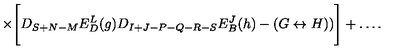
\times \Biggl [ D _ { S + N - M } E _ { D } ^ { L } ( g ) D _ { I + J - P - Q - R - S } E _ { B } ^ { J } ( h ) - ( G \leftrightarrow H ) ) \Biggr ] + \ldots .